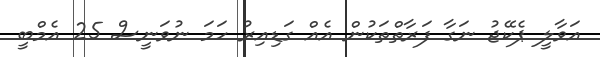
އަވާލީ ޕެކޭޖު ނަގާ ފަރާތްތަކުން އެއް ގަޑިއިރު ހަމަ ނުވަނީސް 25 އެމްބީ